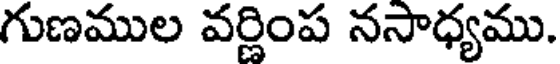
గుణముల వర్ణింప నసాధ్యము.